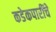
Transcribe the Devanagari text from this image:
कडेकपारींचे